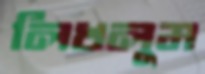
লিখলুম